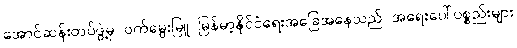
အောင်ဆန်းတပ်ဖွဲ့မှ ဝက်မွေးမြူ မြန်မာ့နိုင်ငံရေးအခြေအနေသည် အရေးပေါ်ပစ္စည်းများ